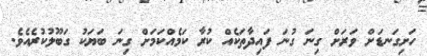
ހަށިގަނޑަށް ވަރަށް ގިނަ ގުނަ ފައިދާތަކެއް ކުރާ ކަމެއްކަމަށް ގިނަ ބަޔަކު ގަބޫލުކުރެއެވެ.